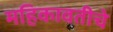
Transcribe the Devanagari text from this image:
महिकावतीचे